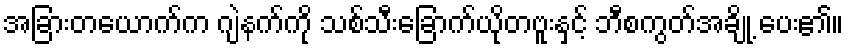
အခြားတယောက်က ဂျဲနက်ကို သစ်သီးခြောက်ယိုတဗူးနှင့် ဘီစကွတ်အချို့ ပေး၏။